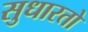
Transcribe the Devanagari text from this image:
सुधारतो